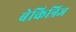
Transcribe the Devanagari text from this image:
बेकिन्रिज